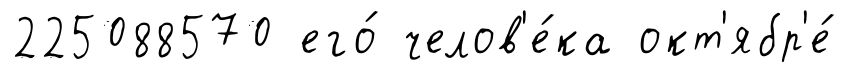
225088570 его́ челов'е́ка окт'ябр'е́